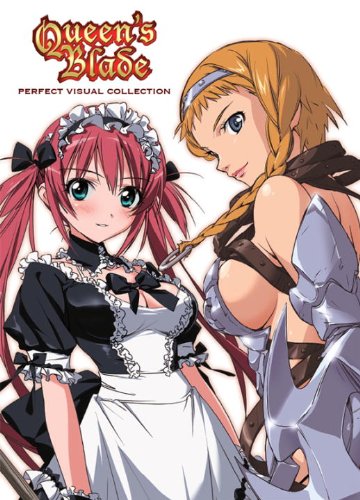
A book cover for Queen's Blade: Visual Collection; Arts & Photography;